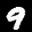
Label: 9